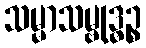
သမ္မာသမ္ဗုဒ္ဓဉ္စ